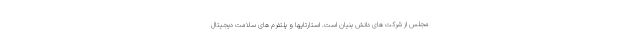
مجلس از شرکت های دانش بنیان است. استارتاپها و پلتفرم های سلامت دیجیتال